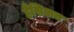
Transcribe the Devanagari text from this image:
हैसिअत